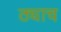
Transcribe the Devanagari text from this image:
ठ्याच